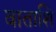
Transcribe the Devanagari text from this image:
वाताशि